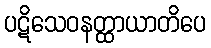
ပဋိသေဝနတ္ထာယာတိပေ